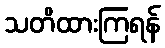
သတိထားကြရန်